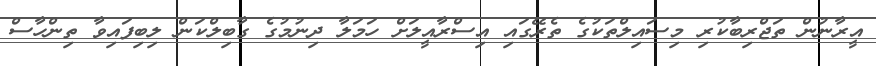
އީރާނުން ތަޖްރިބާކުރި މިސައިލްތަކުގެ ތެރޭގައި އިސްރާއީލަށް ހަމަލާ ދިނުމުގެ ގާބިލްކަން ލިބިފައިވާ ތިންހާސް